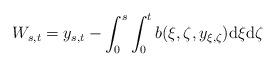
LaTeX: \begin{align*}W_{s,t}=y_{s,t}-\int_0^s\int_0^tb(\xi,\zeta,y_{\xi,\zeta})\mathrm{d}\xi \mathrm{d}\zeta\end{align*}